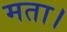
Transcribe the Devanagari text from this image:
मता।